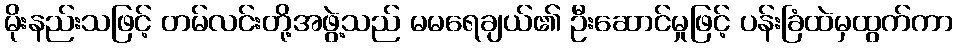
မိုးနည်းသဖြင့် တမ်လင်းတို့အဖွဲ့သည် မမရေချယ်၏ ဦးဆောင်မှုဖြင့် ပန်းခြံထဲမှထွက်ကာ